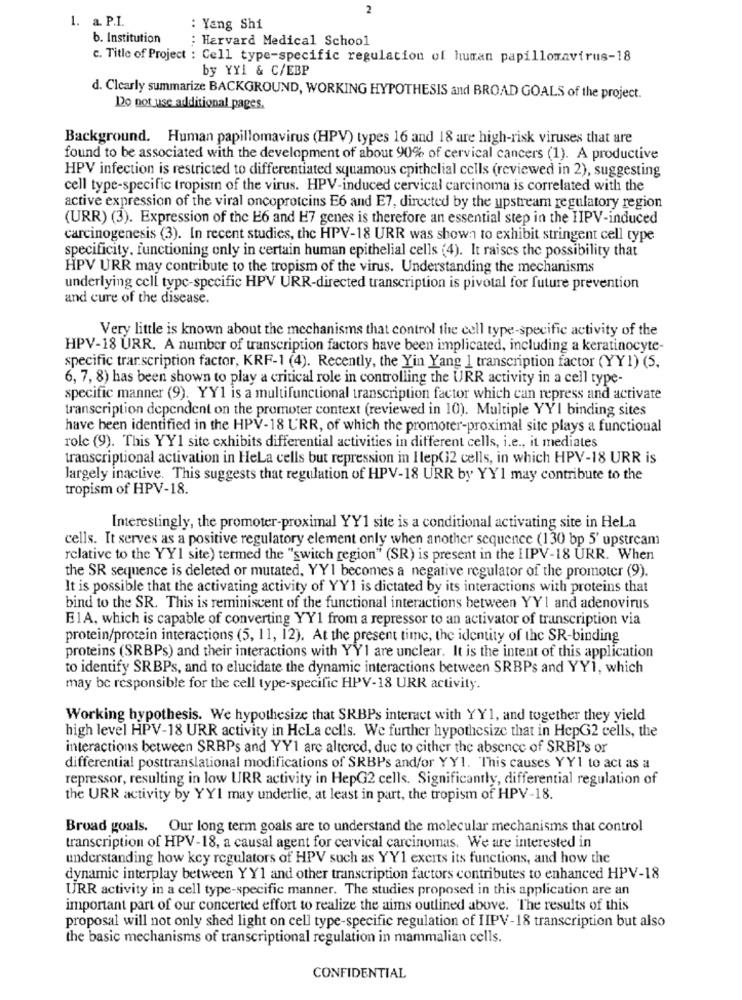
2
1. a. P.I.
: Yang Shi
b. Institution
: Harvard Medical School
c. Title of Project : Cell type-specific regulation of human papillomavirus-18
by YY1 & C/EBP
d. Clearly summarize BACKGROUND, WORKING HYPOTHESIS and BROAD GOALS of the project.
Do not use additional pages.
Background. Human papillomavirus (HPV) types 16 and 18 are high-risk viruses that are
found to be associated with the development of about 90% of cervical cancers (1). A productive
HPV infection is restricted to differentiated squamous epithelial cells (reviewed in 2), suggesting
cell type-specific tropisin of the virus. HPV-induced cervical carcinoma is correlated with the
active expression of the viral oncoproteins E6 and E7, directed by the upstream regulatory region
(URR) (3). Expression of the E6 and H7 genes is therefore an essential step in the IIPV-induced
carcinogenesis (3). In recent studies, the HPV-18 URR was shown to exhibit stringent cell type
specificity, functioning only in certain human epithelial cells (4). It raises the possibility that
HPV URR may contribute to the tropism of the virus. Understanding the mechanisms
underlying cell type-specific HPV URR-directed transcription is pivotal for future prevention
and cure of the disease.
Very little is known about the mechanisms that control the cell type-specific activity of the
HPV-18 URR. A number of transcription factors have been implicated, including a keratinocyte-
specific transcription factor, KRF-1 (4). Recently, the Yin Yang 1 transcription factor (YY1) (5,
6, 7, 8) has been shown to play a critical role in controlling the URR activity in a cell type-
specific manner (9). YY1 is a multifunctional transcription factor which can repress and activate
transcription dependent on the promoter context (reviewed in 10). Multiple YYI binding sites
have been identified in the HPV-18 URR, of which the promoter-proximal site plays a functional
role (9). This YY1 site exhibits differential activities in different cells, i.e ., it mediates
transcriptional activation in Hela cells but repression in Ilep(32 cells, in which HPV-18 URR is
largely inactive. This suggests that regulation of HPV-18 URR by YY1 may contribute to the
tropism of HPV-18.
Interestingly, the promoter-proximal YY1 site is a conditional activating site in HeLa
cells. It serves as a positive regulatory element only when another sequence (130 bp 5' upstream
relative to the YYI site) termed the "switch region" (SR) is present in the IPV-18 URR. When
the SR sequence is deleted or mutated, YYI becomes a negative regulator of the promoter (9).
It is possible that the activating activity of YY1 is dictated by its interactions with proteins that
bind to the SR. This is reminiscent of the functional interactions between YY1 and adenovirus
E1A, which is capable of converting YY1 from a repressor to an activator of transcription via
protein/protein interactions (5, 11, 12). At the present time, the identity of the SR-binding
proteins (SRBPs) and their interactions with YY1 are unclear. It is the intent of this application
to identify SRBPs, and to elucidate the dynamic interactions between SRBPs and YY1, which
may be responsible for the cell type-specific HPV-18 URR activity.
Working hypothesis. We hypothesize that SRBPs interact with YY1, and together they yield
high level HPV-18 URR activity in HcLa cells. We further hypothesize that in HepG2 cells, the
interactions between SRBPs and YY1 are altered, due to cither the absence of SRBPs or
differential posttranslational modifications of SRBPs and/or YY1. This causes YY1 to act as a
repressor, resulting in low URR activity in HepG2 cells. Significantly, differential regulation of
the URR activity by YYI may underlie, at least in part, the tropism of HPV-18.
Broad goals. Our long term goals are to understand the molecular mechanisms that control
transcription of HPV-18, a causal agent for cervical carcinomas. We are interested in
understanding how kcy regulators of HPV such as YY1 exerts its functions, and how the
dynamic interplay between YY1 and other transcription factors contributes to enhanced HPV-18
URR activity in a cell type-specific manner. The studies proposed in this application are an
important part of our concerted effort to realize the aims outlined above. The results of this
proposal will not only shed light on cell type-specific regulation of IIPV-18 transcription but also
the basic mechanisms of transcriptional regulation in mammalian cells.
CONFIDENTIAL